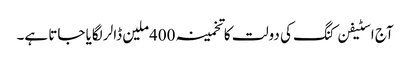
آج اسٹیفن کنگ کی دولت کا تخمینہ 400ملین ڈالر لگایا جاتا ہے۔